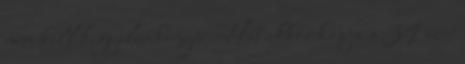
nem kell kegyelemkenyér. Hát akkor kapja a 39 ezer